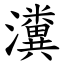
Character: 瀵